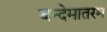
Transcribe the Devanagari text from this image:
बन्देमातरम